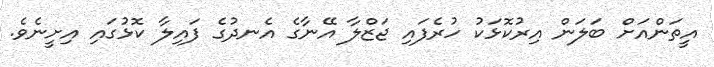
އީތަންއަށް ބަލަން އިރުކޮޅަކު ހުރެފައި ޖަޒްލާ އޭނާގެ އެނދުގެ ފައިލާ ކޮޅުގައި އިށީނެވެ.